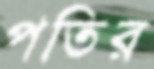
পতির